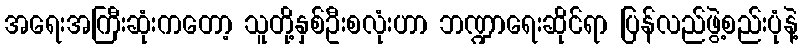
အရေးအကြီးဆုံးကတော့ သူတို့နှစ်ဦးစလုံးဟာ ဘဏ္ဍာရေးဆိုင်ရာ ပြန်လည်ဖွဲ့စည်းပုံနဲ့